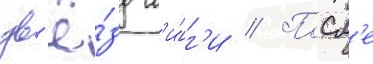
зв'ё́зд л'и́г'и // Посл'е